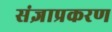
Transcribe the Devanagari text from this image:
संज्ञाप्रकरण